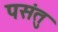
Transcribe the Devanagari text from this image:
पसंतु